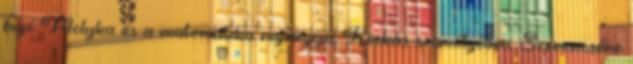
bújó Molyka és a matematika rajongója, Kockás személyében. Szerencsére